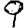
Digit: 9